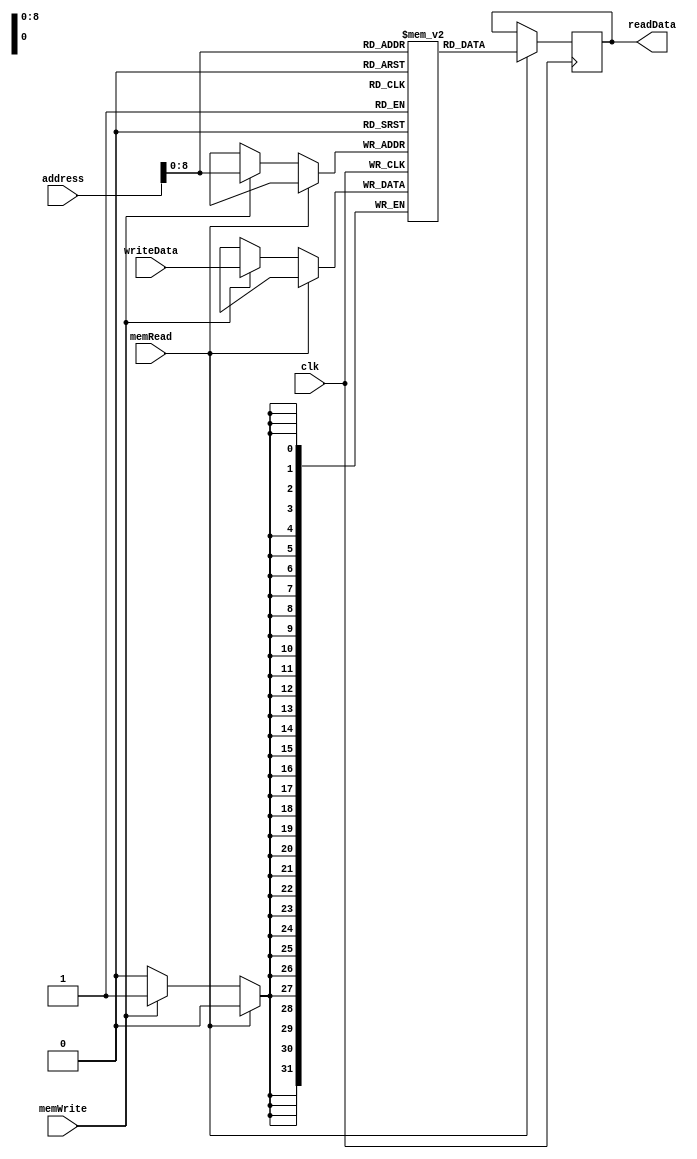
module dataMemory
    #(parameter Width = 32)
(
    input clk, memWrite, memRead,
    input [Width-1:0] address, writeData,
    output reg [Width-1:0] readData
);
    reg [Width-1:0] mem[511:0];

    initial begin
        mem[0] = 32'h00000000;
        mem[1] = 32'h00000000;
        mem[2] = 32'h00000000;
        mem[3] = 32'h00000001;
        mem[4] = 32'h00000002;
        mem[5] = 32'h00000003;
        mem[6] = 32'h00000004;
        mem[7] = 32'h00000005;
        mem[8] = 32'h00000006;
        mem[9] = 32'h00000007;
        mem[10] = 32'h00000008;
        mem[11] = 32'h00000009;
        mem[12] = 32'h00000001;
        mem[13] = 32'h00000002;
        mem[14] = 32'h00000003;
    end
    
    always @(negedge clk) begin
        if(memRead == 1'b1)
            readData = mem[address];
        else if(memWrite == 1'b1)
            mem[address] = writeData; //  negedge    
    end
endmodule